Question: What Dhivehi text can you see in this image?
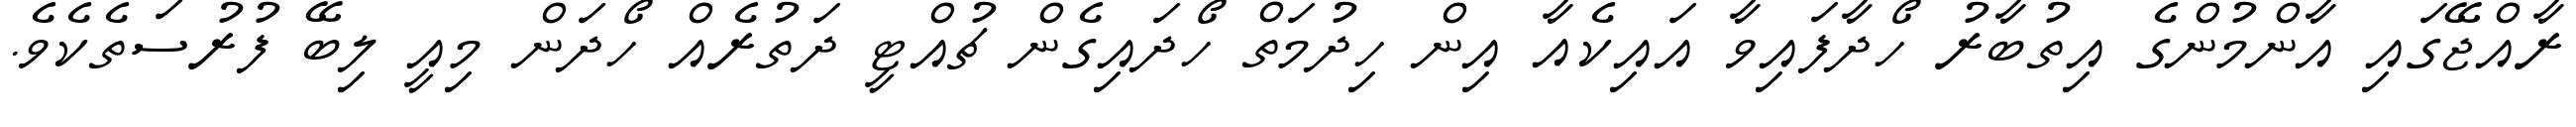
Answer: ރާއްޖޭގައި އާންމުންގެ އިތުބާރު ހޯދާފައިވާ އައިކެއާ އިން ހިދުމަތް ހޯދައިގެން ޗުއްޓީ ދަތުރެއް ހޯދަން މިއީ ލިބޭ ފުރުސަތެކެވެ.